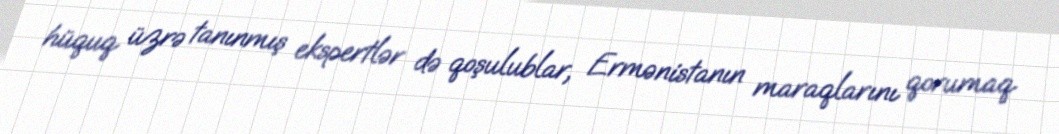
hüquq üzrə tanınmış ekspertlər də qoşulublar, Ermənistanın maraqlarını qorumaq